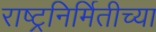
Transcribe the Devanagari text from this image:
राष्ट्रनिर्मितीच्या